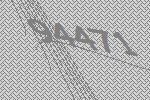
94471